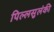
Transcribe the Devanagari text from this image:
पिल्लसुलंकी